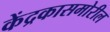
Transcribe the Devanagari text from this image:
केंद्रकासमोरील